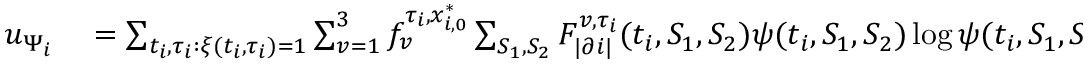
\begin{array} { r l } { u _ { \Psi _ { i } } } & { { } = \sum _ { t _ { i } , \tau _ { i } : \xi ( t _ { i } , \tau _ { i } ) = 1 } \sum _ { v = 1 } ^ { 3 } f _ { v } ^ { \tau _ { i } , x _ { i , 0 } ^ { * } } \sum _ { S _ { 1 } , S _ { 2 } } F _ { | \partial i | } ^ { v , \tau _ { i } } ( t _ { i } , S _ { 1 } , S _ { 2 } ) \psi ( t _ { i } , S _ { 1 } , S _ { 2 } ) \log \psi ( t _ { i } , S _ { 1 } , S _ { 2 } ) } \end{array}